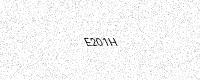
Text: E201H